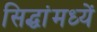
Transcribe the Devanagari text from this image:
सिद्धांमध्यें